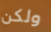
ولكن